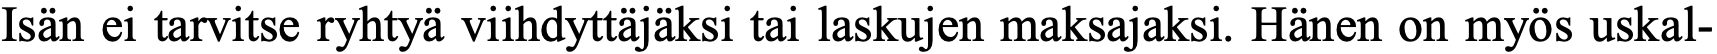
Isän ei tarvitse ryhtyä viihdyttäjäksi tai laskujen maksajaksi. Hänen on myös uskal-